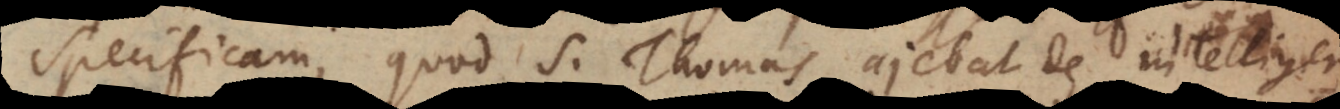
Specificam, quod S. Thomas ajebat de intelligentiis,